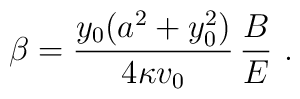
\beta = {y_0 (a^2 +y_0^2) \over 4 \kappa v_0} \, {B \over E} \, \,.